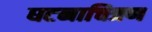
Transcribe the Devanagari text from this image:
घटनाचित्रण